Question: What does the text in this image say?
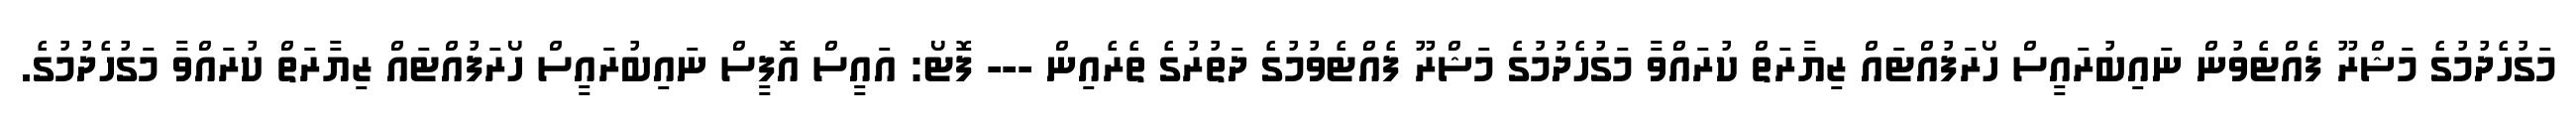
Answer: މަގުހެދުމުގެ މަޝްރޫ ފެއްޓެވުން ނައިބުރައީސް ހޯރަފުއްޓައް ޒިޔާރަތް ކުރައްވާ މަގުހެދުމުގެ މަޝްރޫ ފެއްޓެވުމުގެ ދަތުރުގެ ތެރެއިން --- ފޮޓޯ: އައީސް އޮފީސް ނައިބުރައީސް ހޯރަފުއްޓައް ޒިޔާރަތް ކުރައްވާ މަގުހެދުމުގެ.